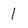
Character: 1